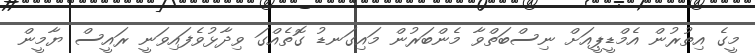
މީގެ އިތުރުން އެމްޑީޕީއަށް ނިސްބަތްވާ މެންބަރުން މައިގަނޑު ގޮތެއްގަ ވިދާޅުވެފައިވަނީ ރައީސް ޔާމީން